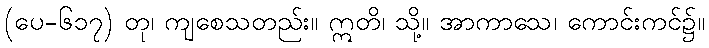
(ပေ-၆၁၇) တု၊ ကျစေသတည်း။ ဣတိ၊ သို့။ အာကာသေ၊ ကောင်းကင်၌။